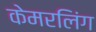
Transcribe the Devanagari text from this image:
केमरलिंग